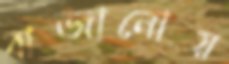
বাজানোয়